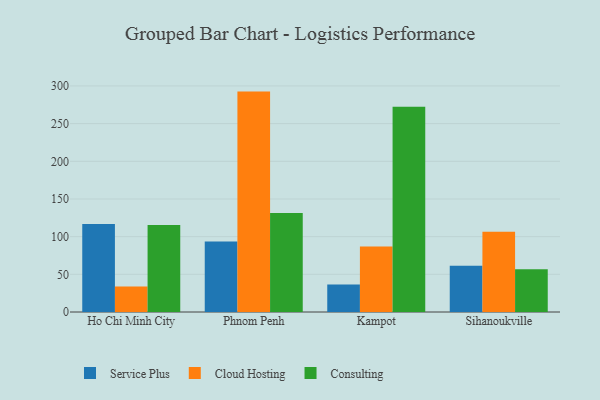
{"axis": {"x": "City", "y": "Waste Production (Tons)"}, "legend": ["Cloud Hosting", "Consulting", "Service Plus"], "data": [{"x": "Ho Chi Minh City", "y": 116.8, "type": "Service Plus"}, {"x": "Ho Chi Minh City", "y": 33.7, "type": "Cloud Hosting"}, {"x": "Ho Chi Minh City", "y": 115.6, "type": "Consulting"}, {"x": "Phnom Penh", "y": 93.5, "type": "Service Plus"}, {"x": "Phnom Penh", "y": 292.5, "type": "Cloud Hosting"}, {"x": "Phnom Penh", "y": 131.5, "type": "Consulting"}, {"x": "Kampot", "y": 36.6, "type": "Service Plus"}, {"x": "Kampot", "y": 87.0, "type": "Cloud Hosting"}, {"x": "Kampot", "y": 272.5, "type": "Consulting"}, {"x": "Sihanoukville", "y": 61.5, "type": "Service Plus"}, {"x": "Sihanoukville", "y": 106.4, "type": "Cloud Hosting"}, {"x": "Sihanoukville", "y": 56.9, "type": "Consulting"}]}